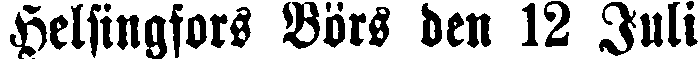
Helsingfors Börs den 12 Juli.